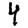
Digit: 4